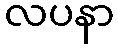
လပနာ